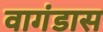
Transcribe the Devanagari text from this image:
वागंडास